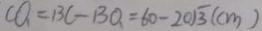
C O _ { 1 } = B C - B O _ { 1 } = 6 0 - 2 0 \sqrt { 3 } ( c m )